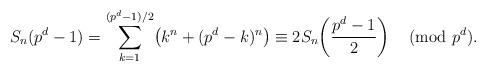
LaTeX: \begin{align*}S_n(p^d-1) = \sum_{k=1}^{(p^d-1)/2} \!\left(k^n + (p^d-k)^n\right) \equiv 2S_{n}\!\left( \frac{p^d-1}{2}\right) \pmod{p^d}.\end{align*}